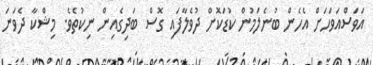
އަވަސްއަވަހަށް އެހެން ބުނެލަމުން ކުޑަކޮށް ދުވެލާފައި ގޮސް ބަދިގެއިން ނިކުތެވެ. މިޝްކާ ދެވަނަ